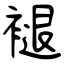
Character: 褪